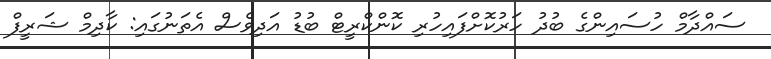
ސައްދާމް ހުސައިންގެ ބުދު ހަރުކޮށްފައިހުރި ކޮންކްރީޓް ބުޑު އަދިވެސް އެތަނުގައި: ކާދިމް ޝަރީފް